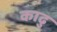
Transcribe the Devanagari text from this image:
काढु